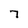
Character: 7